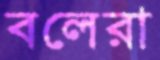
বলেরা